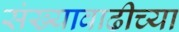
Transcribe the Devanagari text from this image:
संख्यावाढीच्या